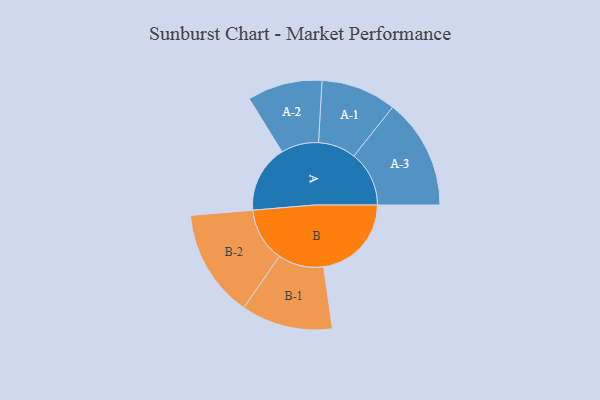
{"axis": {"x": "Segment", "y": "Value"}, "legend": ["", "A", "B"], "data": [{"x": "A", "y": 342, "type": ""}, {"x": "B", "y": 445, "type": ""}, {"x": "A-1", "y": 191, "type": "A"}, {"x": "A-2", "y": 190, "type": "A"}, {"x": "A-3", "y": 280, "type": "A"}, {"x": "B-1", "y": 232, "type": "B"}, {"x": "B-2", "y": 274, "type": "B"}]}